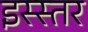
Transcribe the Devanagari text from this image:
इस्स्तर